Sanitation, dispensaries and jails vaccination Rajputana 1922-1927 - 1922-1927
Year: 1922
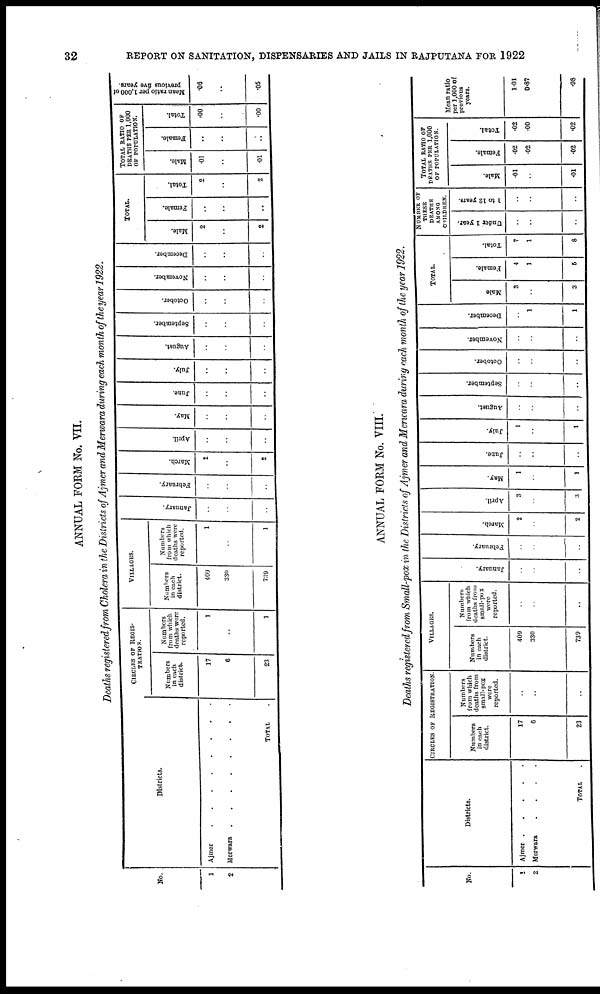
32
REPORT ON SANITATION, DISPENSARIES AND JAILS IN RAJPUTANA FOR 1922
ANNUAL FORM No. VII.
Deaths registered from Cholera in the Districts of Ajmer and Merwara during each month of the year 1922.
No.
1
2
Districts.
Ajmer . . . . . . . . .
Merwara
.
.
.
.
.
.
.
.
TOTAL .
CIRCLES OF REGIS-
-------.
Numbers
in each
district.
17
6
23
Numbers
from which
deaths were
reported.
1
..
1
VILLAGES.
Numbers
in each
district.
409
330
739
Numbers
from which
deaths were
reported.
1
..
1
January.
..
..
..
February.
..
..
..
March.
2
..
2
April.
..
..
..
May.
..
..
..
June.
..
..
..
July.
..
..
..
August.
..
..
..
September.
..
..
..
October.
..
..
..
November.
..
..
..
December.
..
..
..
TOTAL.
Male.
2
..
2
Female.
..
..
..
Total.
2
..
2
TOTAL RATIO OF
DEATHS PER 1,000
OF POPULATION.
Male.
.01
..
.01
Female.
..
..
..
Total.
.00
..
.00
Mean ratio per 1,000 of
previous five years.
.06
..
.05
ANNUAL FORM No. VIII.
Deaths registered from Small-pox in the Districts of Ajmer and Merwara during each month of the year 1922.
No.
1
2
Districts.
Ajmer
.
.
.
.
.
Merwara
.
.
.
.
TOTAL
CIRCLES OF REGISTRATION.
Numbers
in each
district.
17
6
23
Numbers
from which
deaths from
small-pox
were
reported.
..
..
..
VILLAGES.
Numbers
in each
district.
409
330
739
Numbers
from which
deaths from
small-pox
were
reported.
..
..
..
January.
..
..
..
February.
..
..
..
March.
2
..
2
April.
3
..
3
May.
1
..
1
June.
..
..
..
July.
1
..
1
August.
..
..
..
September.
..
..
..
October.
..
..
..
November.
..
..
..
December.
..
1
1
TOTAL.
Male.
3
..
3
Female.
4
1
5
Total.
7
1
8
NUMBER OF
THESE
DEATHS
AMONG
CHILDREN.
Under 1 year.
..
..
..
1 to 12 years.
..
..
..
TOTAL RATIO OF
DEATHS PER 1,000
OF POPULATION.
Male.
.01
..
.01
Female.
.02
.02
.02
Total.
.02
.00
.02
Mean ratio
per 1,000 of
previous
years.
1.01
0.87
.98